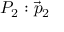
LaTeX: P _ { 2 } : { \vec { p } } _ { 2 }